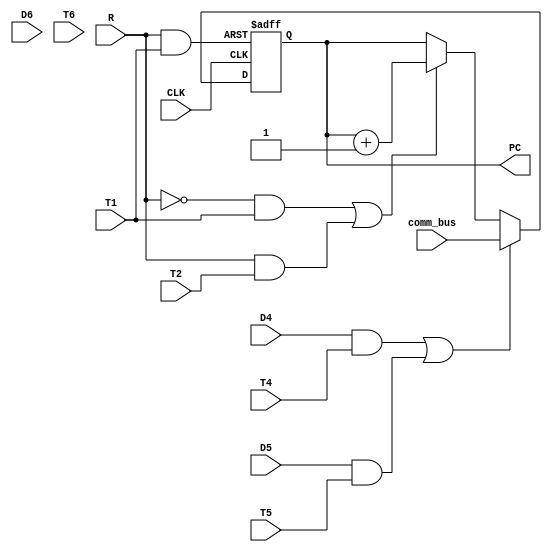
`timescale 1ns / 1ps
//////////////////////////////////////////////////////////////////////////////////
// Company: 
// Engineer: 
// 
// Design Name: 
// Module Name: PC
// Project Name: 
// Target Devices: 
// Tool Versions: 
// Description: 
// 
// Dependencies: 
// 
// Revision:
// Revision 0.01 - File Created
// Additional Comments:
// 
//////////////////////////////////////////////////////////////////////////////////


module PC(
 input D6,
 input D5,
 input D4,
 input T6,
 input T5,
 input T4,
 input T2,
 input T1,
 input R,
 input CLK,
 input [2:0] comm_bus,
 output reg [2:0] PC
);


wire Load  ;
wire Clear ;
wire INR   ;
assign Load = ~((D4 & T4) |( D5 & T5)  );
assign Clear = (R & T1);
assign INR =( (~R & T1) | (R & T2));

initial begin 
PC =  3'b000;
end

always @(posedge CLK or posedge Clear ) begin
   if (Clear == 1) begin
      PC <= 3'b000;
   end else if (Load == 0) begin
       PC <= comm_bus;
   end else if (INR == 1) begin
       PC <= PC + 1 ;
   end
end

endmodule